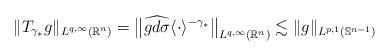
LaTeX: \begin{align*}\| T_{\gamma_*}g \|_{L^{q,\infty} (\mathbb{R}^n)} = \big\| \widehat{gd\sigma} \langle \cdot \rangle^{-\gamma_*} \big\|_{L^{q,\infty}(\mathbb{R}^n)} \lesssim \| g \|_{L^{p,1}(\mathbb{S}^{n-1})}\end{align*}